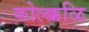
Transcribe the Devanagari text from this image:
कोल्क्कळि